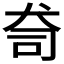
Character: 𭷿